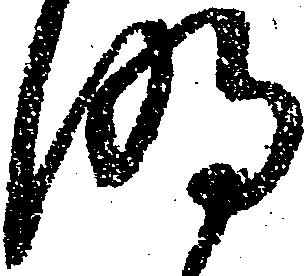
明